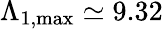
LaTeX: \Lambda_{1,\mathrm{{max}}}\simeq 9.32